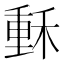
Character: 𥠭